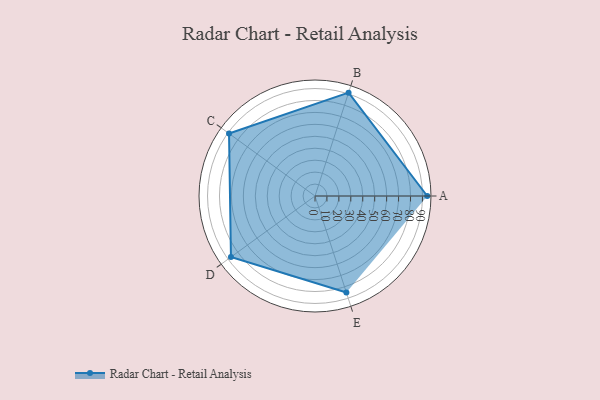
{"axis": {"x": "Skill", "y": "Score"}, "legend": ["Profile"], "data": [{"x": "A", "y": 94.0, "type": "Profile"}, {"x": "B", "y": 91.0, "type": "Profile"}, {"x": "C", "y": 89.0, "type": "Profile"}, {"x": "D", "y": 87.0, "type": "Profile"}, {"x": "E", "y": 85.0, "type": "Profile"}]}